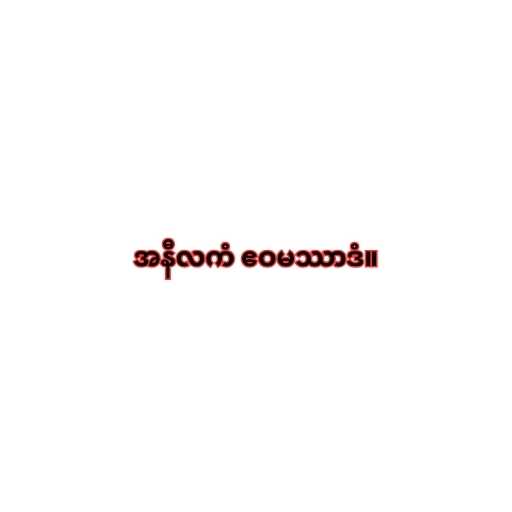
အနီလကံ ဧဝမဿာဒံ။